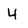
Character: 4